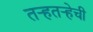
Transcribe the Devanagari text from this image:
तर्‍हतर्‍हेची